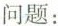
问题.